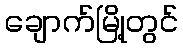
ချောက်မြို့တွင်